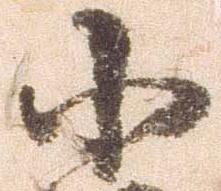
小